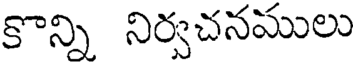
కొన్ని నిర్వచనములు